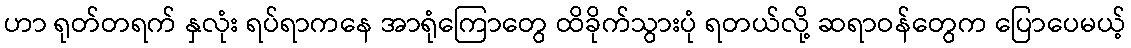
ဟာ ရုတ်တရက် နှလုံး ရပ်ရာကနေ အာရုံကြောတွေ ထိခိုက်သွားပုံ ရတယ်လို့ ဆရာဝန်တွေက ပြောပေမယ့်